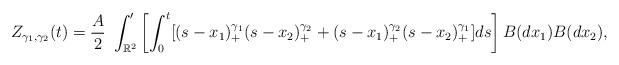
LaTeX: \begin{align*}Z_{\gamma_1,\gamma_2}(t)= \frac{A}{2}~ \int_{\mathbb{R}^2}' \left[\int_0^t [(s-x_1)_+^{\gamma_1}(s-x_2)_+^{\gamma_2}+(s-x_1)_+^{\gamma_2}(s-x_2)_+^{\gamma_1}] ds \right]B(dx_1) B(dx_2),\end{align*}